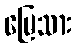
မြေသား